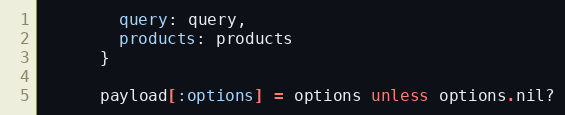
Language: Ruby
        query: query,
        products: products
      }

      payload[:options] = options unless options.nil?